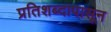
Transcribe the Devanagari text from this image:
प्रतिशब्दापासून